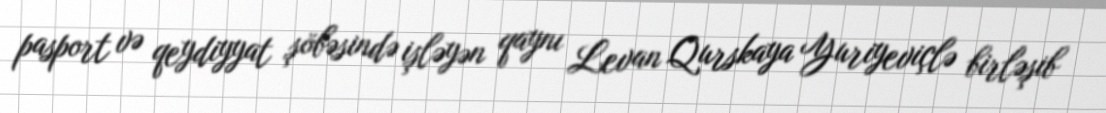
pasport və qeydiyyat şöbəsində işləyən qaynı Levan Qurskaya Yuriyeviçlə birləşib